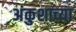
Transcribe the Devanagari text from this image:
अंकुशाच्या